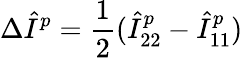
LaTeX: \Delta\hat{I}^{p}=\frac 12(\hat{I}_{22}^{p}-\hat{I}_{11}^{p})